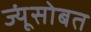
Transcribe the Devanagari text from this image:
ज्यूंसोबत